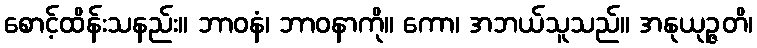
စောင့်ထိန်းသနည်း။ ဘာဝနံ၊ ဘာဝနာကို။ ကော၊ အဘယ်သူသည်။ အနုယုဉ္ဇတိ၊